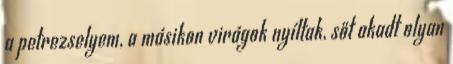
a petrezselyem, a másikon virágok nyíltak, sőt akadt olyan